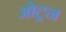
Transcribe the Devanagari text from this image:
ओट्रन